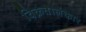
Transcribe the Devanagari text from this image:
विक्रतालंकार